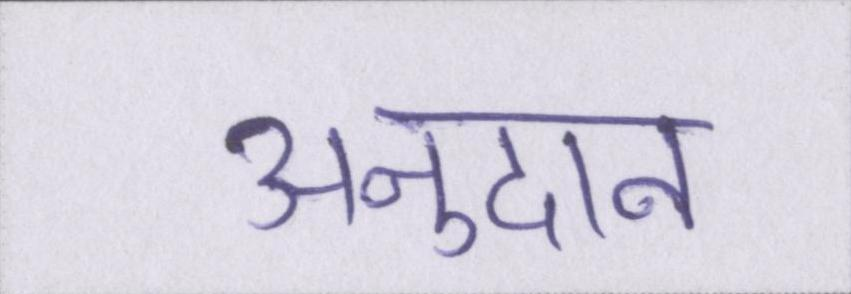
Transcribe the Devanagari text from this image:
अनुदान